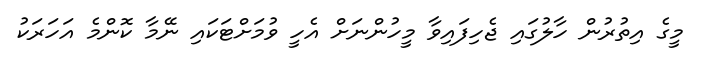
މީގެ އިތުރުން ހާލުގައި ޖެހިފައިވާ މީހުންނަށް އެހީ ވުމަށްޓަކައި ނޭމާ ކޮންމެ އަހަރަކު